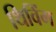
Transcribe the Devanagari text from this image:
थिविंग